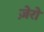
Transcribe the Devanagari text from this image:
ज़ेरो